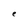
Character: e